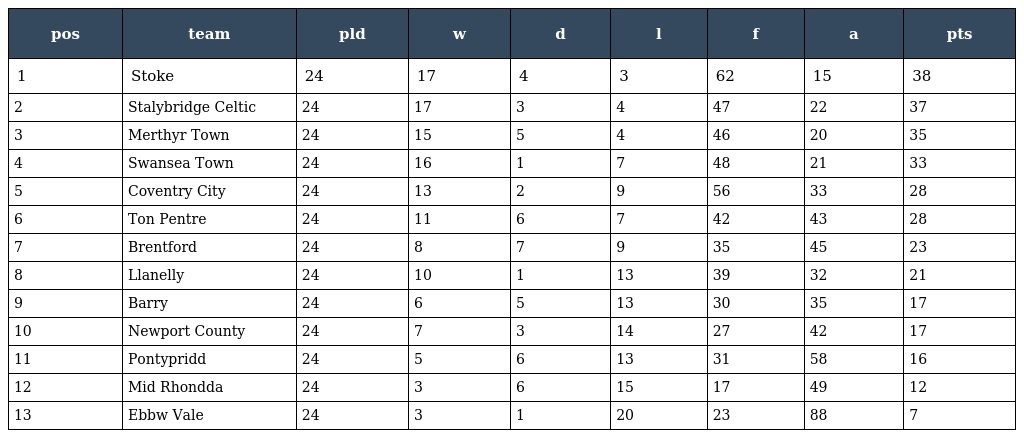
| pos | team | pld | w | d | l | f | a | pts |
 | --- | --- | --- | --- | --- | --- | --- | --- | --- |
 | 1 | Stoke | 24 | 17 | 4 | 3 | 62 | 15 | 38 |
 | 2 | Stalybridge Celtic | 24 | 17 | 3 | 4 | 47 | 22 | 37 |
 | 3 | Merthyr Town | 24 | 15 | 5 | 4 | 46 | 20 | 35 |
 | 4 | Swansea Town | 24 | 16 | 1 | 7 | 48 | 21 | 33 |
 | 5 | Coventry City | 24 | 13 | 2 | 9 | 56 | 33 | 28 |
 | 6 | Ton Pentre | 24 | 11 | 6 | 7 | 42 | 43 | 28 |
 | 7 | Brentford | 24 | 8 | 7 | 9 | 35 | 45 | 23 |
 | 8 | Llanelly | 24 | 10 | 1 | 13 | 39 | 32 | 21 |
 | 9 | Barry | 24 | 6 | 5 | 13 | 30 | 35 | 17 |
 | 10 | Newport County | 24 | 7 | 3 | 14 | 27 | 42 | 17 |
 | 11 | Pontypridd | 24 | 5 | 6 | 13 | 31 | 58 | 16 |
 | 12 | Mid Rhondda | 24 | 3 | 6 | 15 | 17 | 49 | 12 |
 | 13 | Ebbw Vale | 24 | 3 | 1 | 20 | 23 | 88 | 7 |